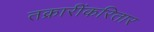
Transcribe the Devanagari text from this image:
तक्रारींकरितार